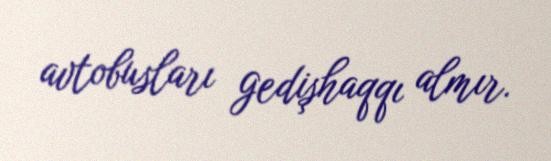
avtobusları gedişhaqqı almır.